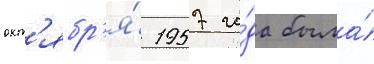
окт'ябр'я́ 1957 го́да была́